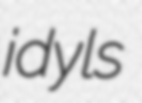
idyls